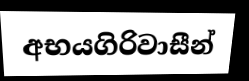
අභයගිරිවාසීන්